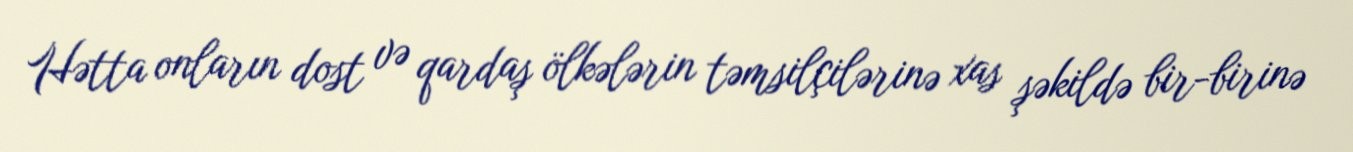
Hətta onların dost və qardaş ölkələrin təmsilçilərinə xas şəkildə bir-birinə